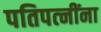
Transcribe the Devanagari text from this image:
पतिपत्‍नींना